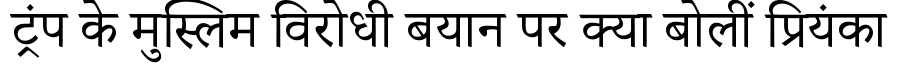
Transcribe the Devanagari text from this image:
ट्रंप के मुस्लिम विरोधी बयान पर क्या बोलीं प्रियंका